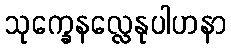
သုက္ခေနလ္လေနုပါဟနာ